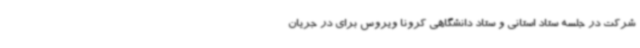
شرکت در جلسه ستاد استانی و ستاد دانشگاهی کرونا ویروس برای در جریان